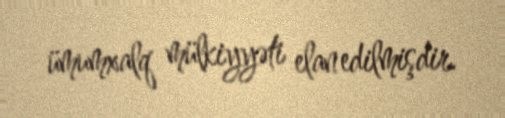
ümumxalq mülkiyyəti elan edilmişdir.